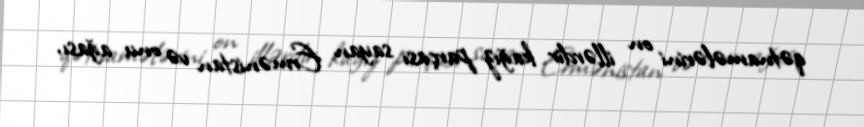
qətnamələrini on illərdir kağız parçası sayan Ermənistan və onu ağası,